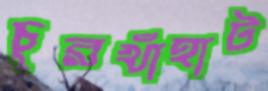
চুরখাঁহাট